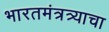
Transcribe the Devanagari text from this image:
भारतमंत्रत्र्याचा